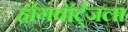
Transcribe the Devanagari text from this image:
हॉगवॉर्ट्‌जला